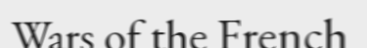
Wars of the French